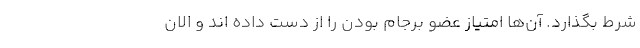
شرط بگذارد. آن‌ها امتیاز عضو برجام بودن را از دست داده اند و الان